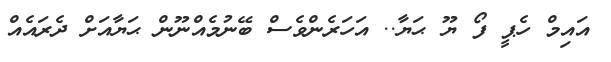
އައިމް ހެޕީ ފޯ ޔޫ ޙަޔާ.. އަހަރެންވެސް ބޭނުމެއްނޫން ޙަޔާއަށް ދެރައެއް